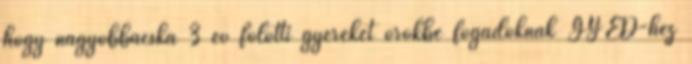
hogy nagyobbacska 3 év fölötti gyereket örökbe fogadóknak GYED-hez